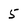
Character: 5